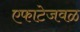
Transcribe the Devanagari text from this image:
एफाटेजवळ